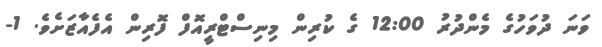
ވަނަ ދުވަހުގެ މެންދުރު 12:00 ގެ ކުރިން މިނިސްޓްރީއޮފް ފޮރިން އެފެއާޒަށެވެ. 1-